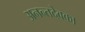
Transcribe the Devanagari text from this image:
अनन्तदेवका